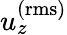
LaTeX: u_{z}^{\mathrm{(rms)}}